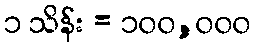
၁ သိန်း = ၁၀၀,၀၀၀